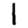
Digit: 1